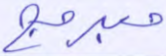
مبرمج